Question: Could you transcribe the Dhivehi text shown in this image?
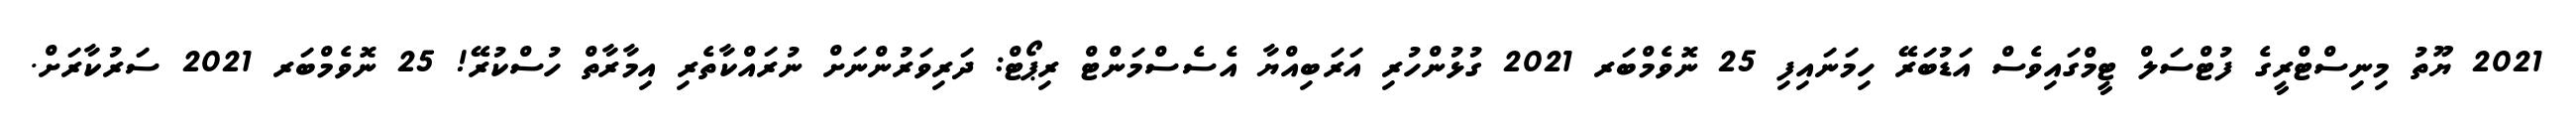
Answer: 2021 ޔޫތު މިނިސްޓްރީގެ ފުޓްސަލް ޓީމްގައިވެސް އަޑުބަރޭ ހިމަނައިފި 25 ނޮވެމްބަރ 2021 ގުޅުންހުރި އަރަބިއްޔާ އެސެސްމަންޓް ރިޕޯޓް: ދަރިވަރުންނަށް ނުރައްކާތެރި އިމާރާތް ހުސްކުރޭ! 25 ނޮވެމްބަރ 2021 ސަރުކާރަށް.